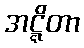
အဋ္ဋိတာ